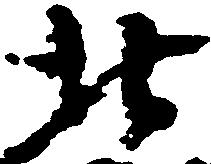
北